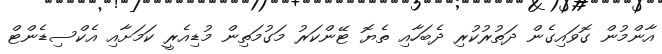
އާންމުން ގޮވައިގެން ދަތުރުކުރި ދެބަހާއި ތެޔޮ ޓޭންކަރު މަގުމަތިން މުޑިއެރީ ކަމަށާއި އެކްސިޑެންޓް